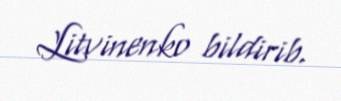
Litvinenko bildirib.